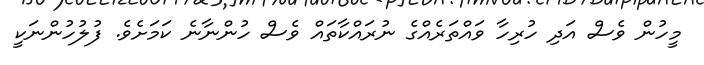
މީހުން ވެސް އަދި ހުރިހާ ވައްތަރެއްގެ ނުރައްކާތައް ވެސް ހުންނާނެ ކަމަށެވެ. ފުލުހުންނަކީ